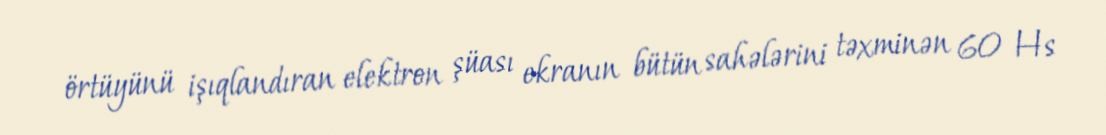
örtüyünü işıqlandıran elektron şüası ekranın bütün sahələrini təxminən 60 Hs